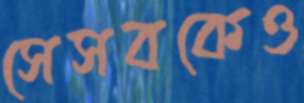
সেসবকেও